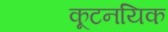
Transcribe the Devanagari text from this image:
कूटनयिक